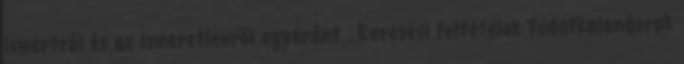
ismertről és az ismeretlenről egyaránt . Keresési feltételek Tudatkalandorok